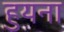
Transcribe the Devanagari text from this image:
हुयना